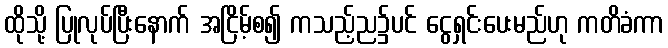
ထိုသို့ ပြုလုပ်ပြီးနောက် အငြိမ့်စ၍ ကသည့်ည၌ပင် ငွေရှင်းပေးမည်ဟု ကတိခံကာ